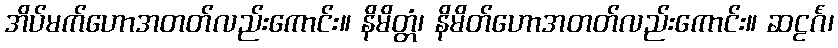
အိပ်မက်ဟောအတတ်လည်းကောင်း။ နိမိတ္တံ၊ နိမိတ်ဟောအတတ်လည်းကောင်း။ ဆဠင်္ဂံ၊